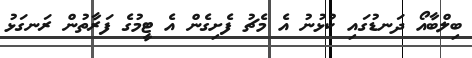
ބިލްބާއޯ ދަނޑުގައި ކުޅުނު އެ މެޗު ފެށިގެން އެ ޓީމުގެ ފަރާތުން ރަނގަޅު